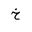
Letter: _kha